Trukikaitis_Postimees, lk 28
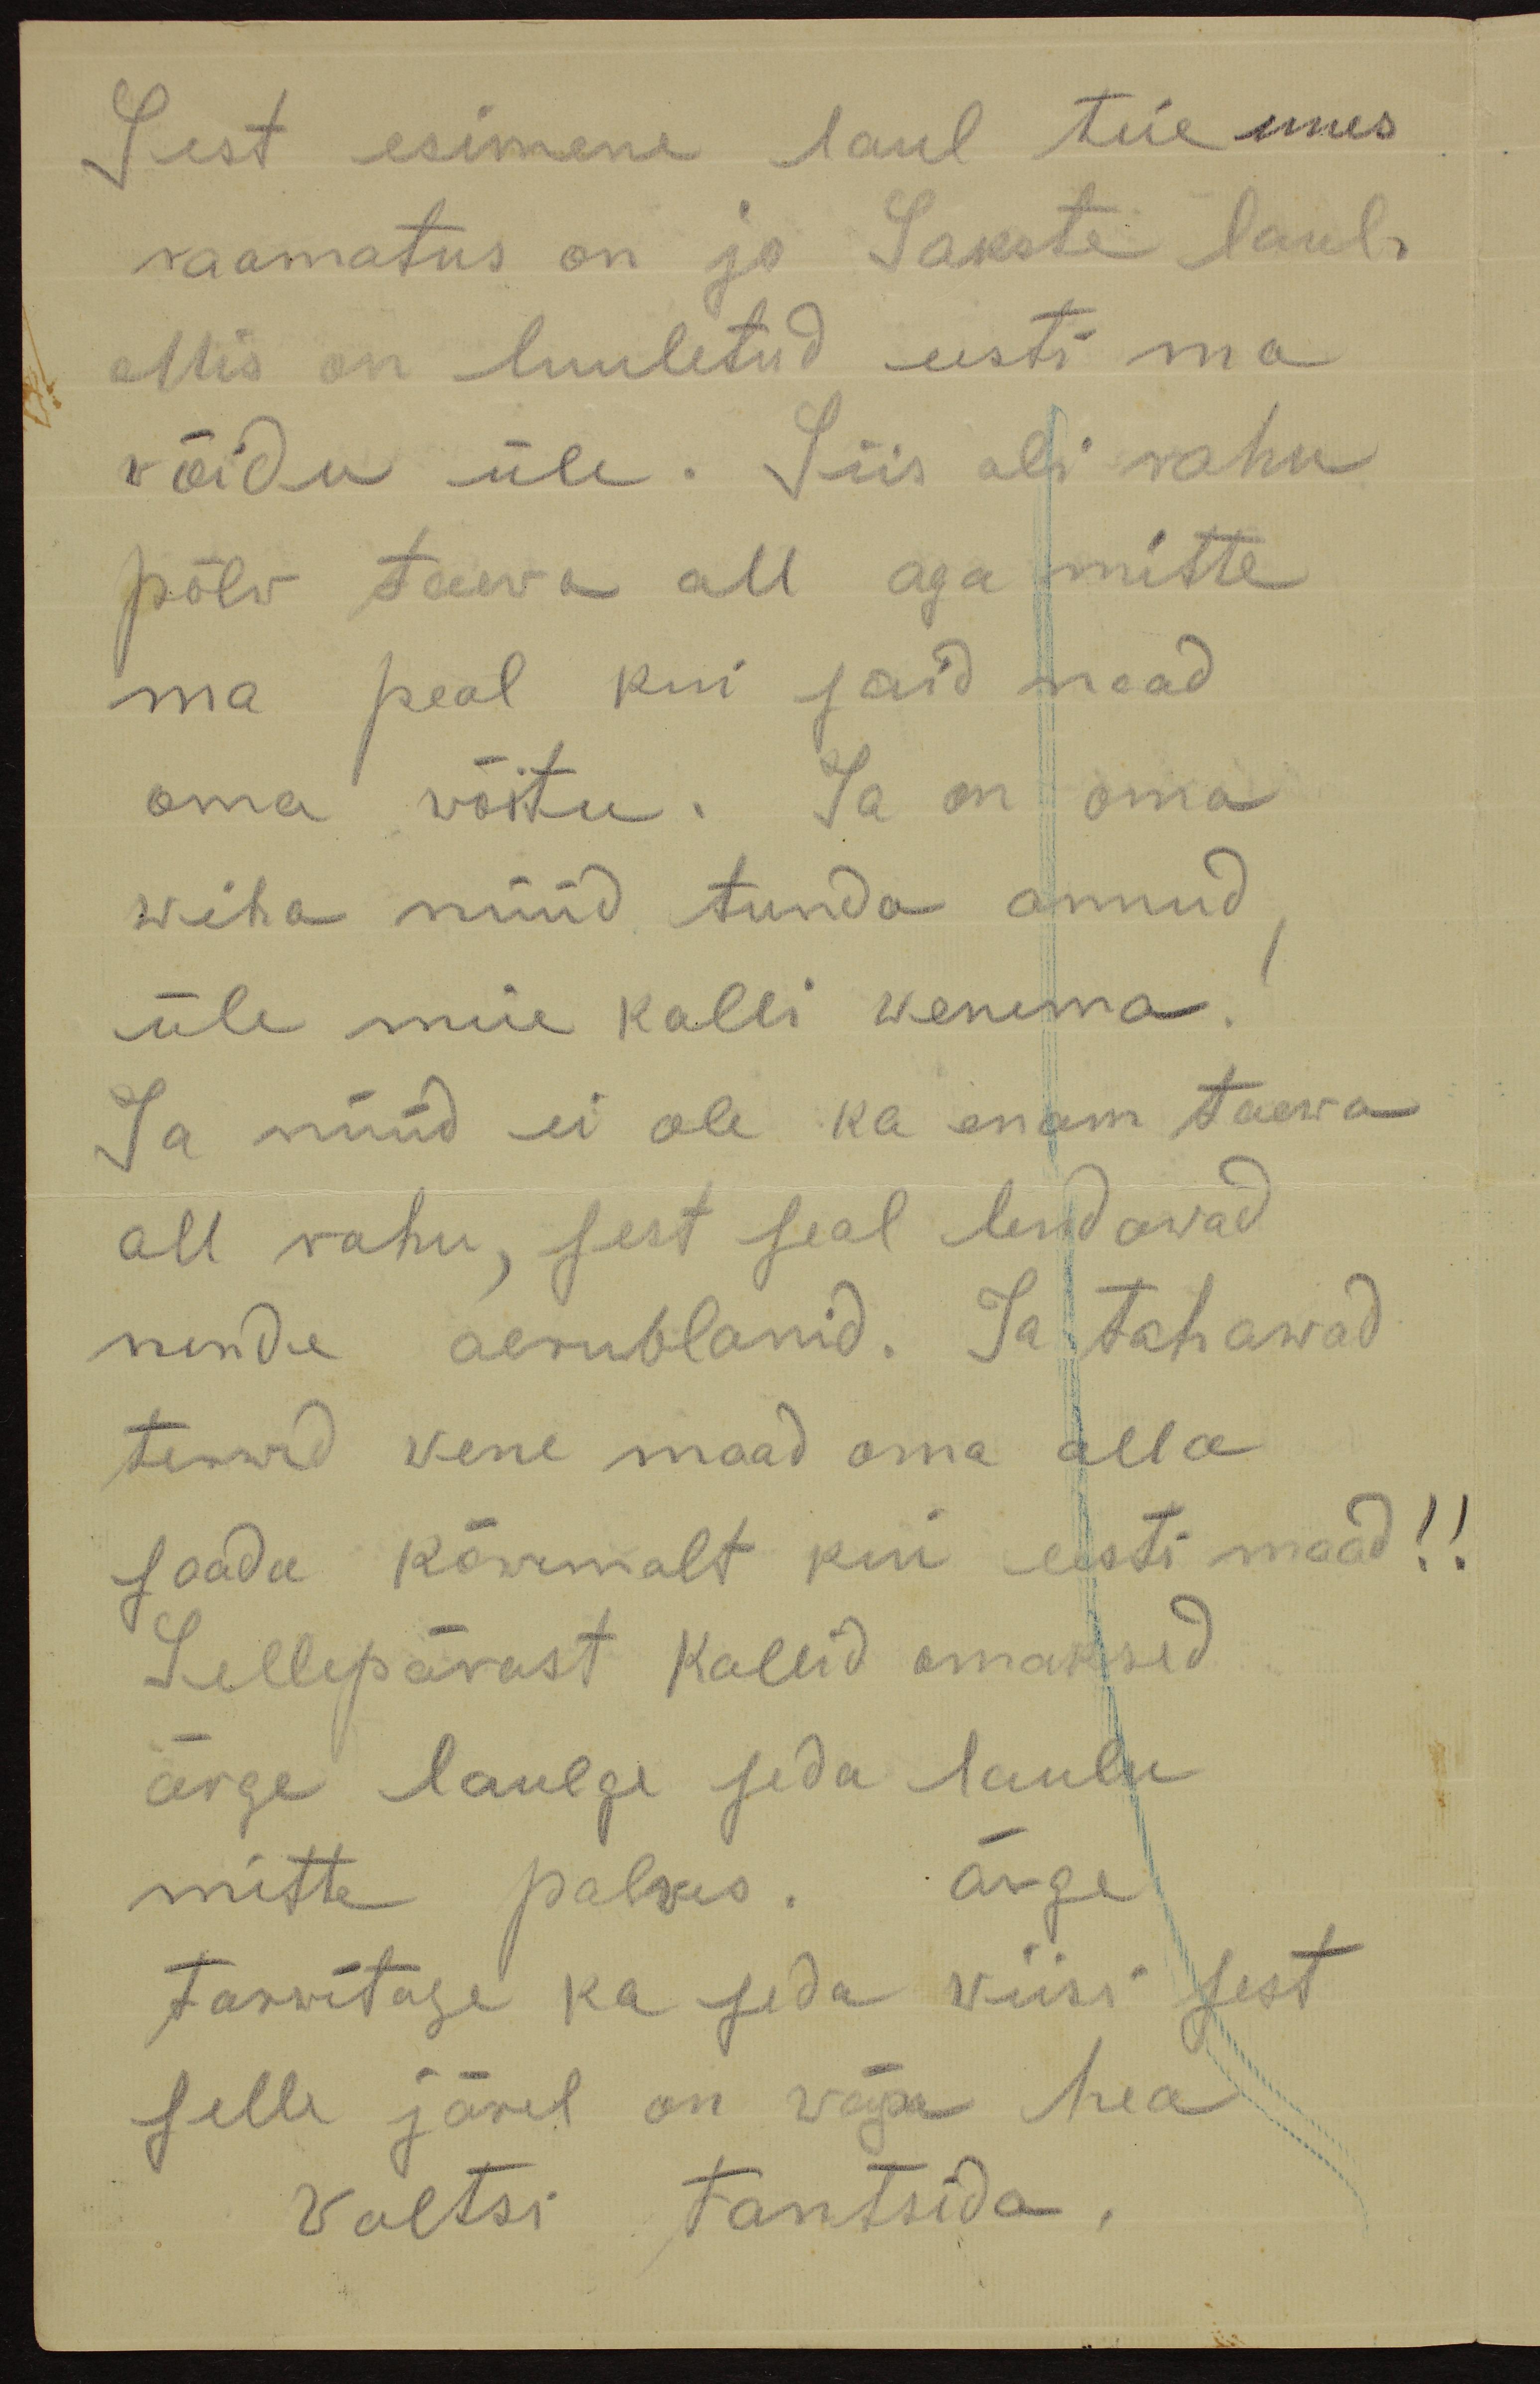
Sest esimene laul teie uues
raamatus on jo Sakste laul,
Mis on luuletud eesti ma
wõidu üle. Siis oli rahu
põlw taewa all aga mitte
ma peal kui said naad
oma wõitu. Ja on oma
wiha nüüd tunda annud,
üle meie kalli wenema!
Ja nüüd ei ole ka enam taewa
all rahu, sest seal lendawad
nende aerublanid. Ja tahawad
terwed wene maad oma alla
saada kõwemalt kui eesti maad!!
Sellepärast kallid omaksed
ärge laulge seda laulu
mitte palwes. ärge
tarwitage ka seda wiisi sest
selle järel on wäga hea
waltsi tantsida.